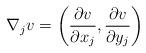
LaTeX: \begin{align*}\nabla_jv=\left(\frac{\partial v}{\partial x_j},\frac{\partial v}{\partial y_j}\right)\end{align*}